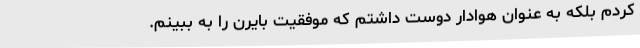
کردم بلکه به عنوان هوادار دوست داشتم که موفقیت بایرن را به ببینم.